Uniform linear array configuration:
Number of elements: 16
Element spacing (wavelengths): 0.25
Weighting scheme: uniform
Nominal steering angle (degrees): -45
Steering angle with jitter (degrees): -45.398
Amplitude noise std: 0.05
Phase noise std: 0.05

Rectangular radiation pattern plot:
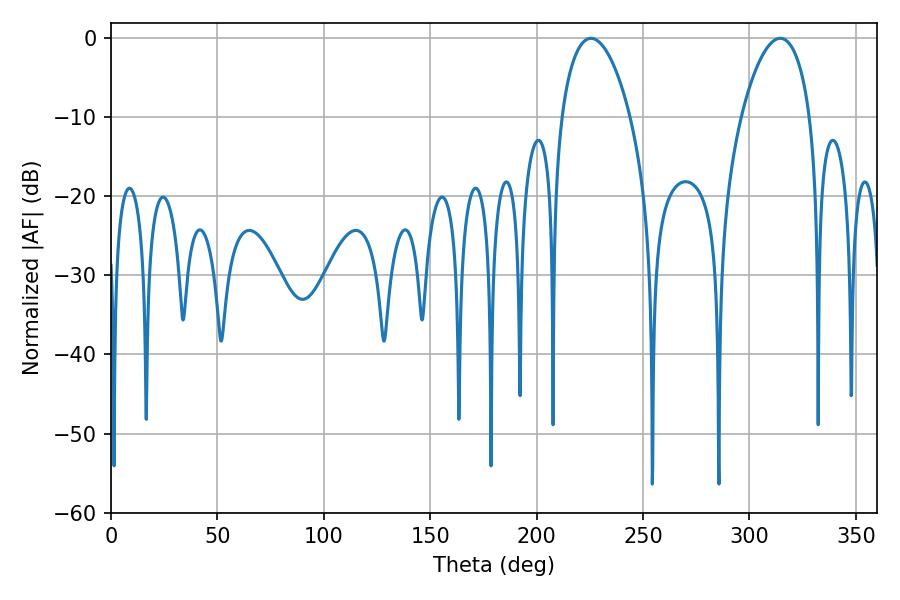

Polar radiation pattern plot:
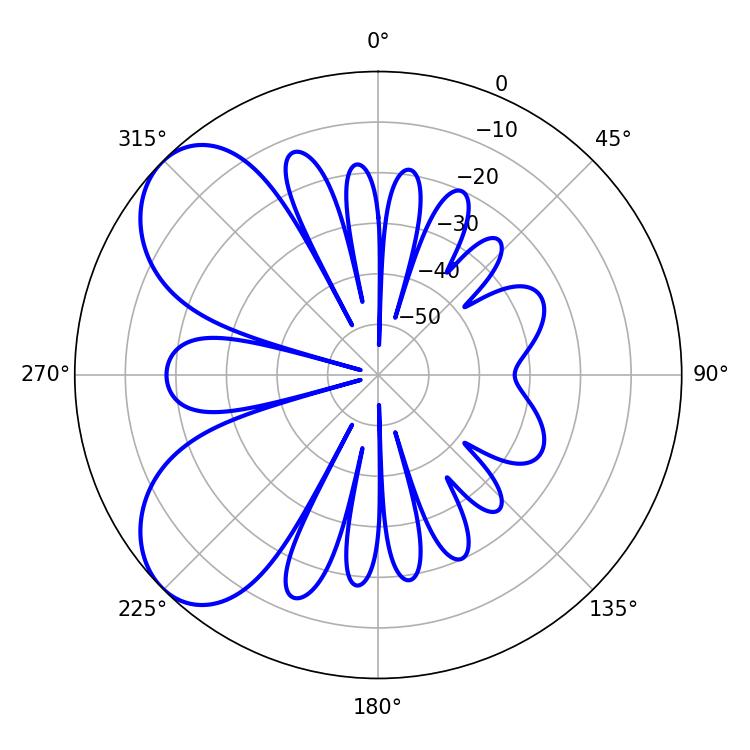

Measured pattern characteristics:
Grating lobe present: FALSE
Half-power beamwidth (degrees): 18.36
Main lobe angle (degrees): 225.54